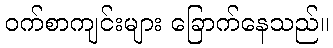
ဝက်စာကျင်းများ ခြောက်နေသည်။